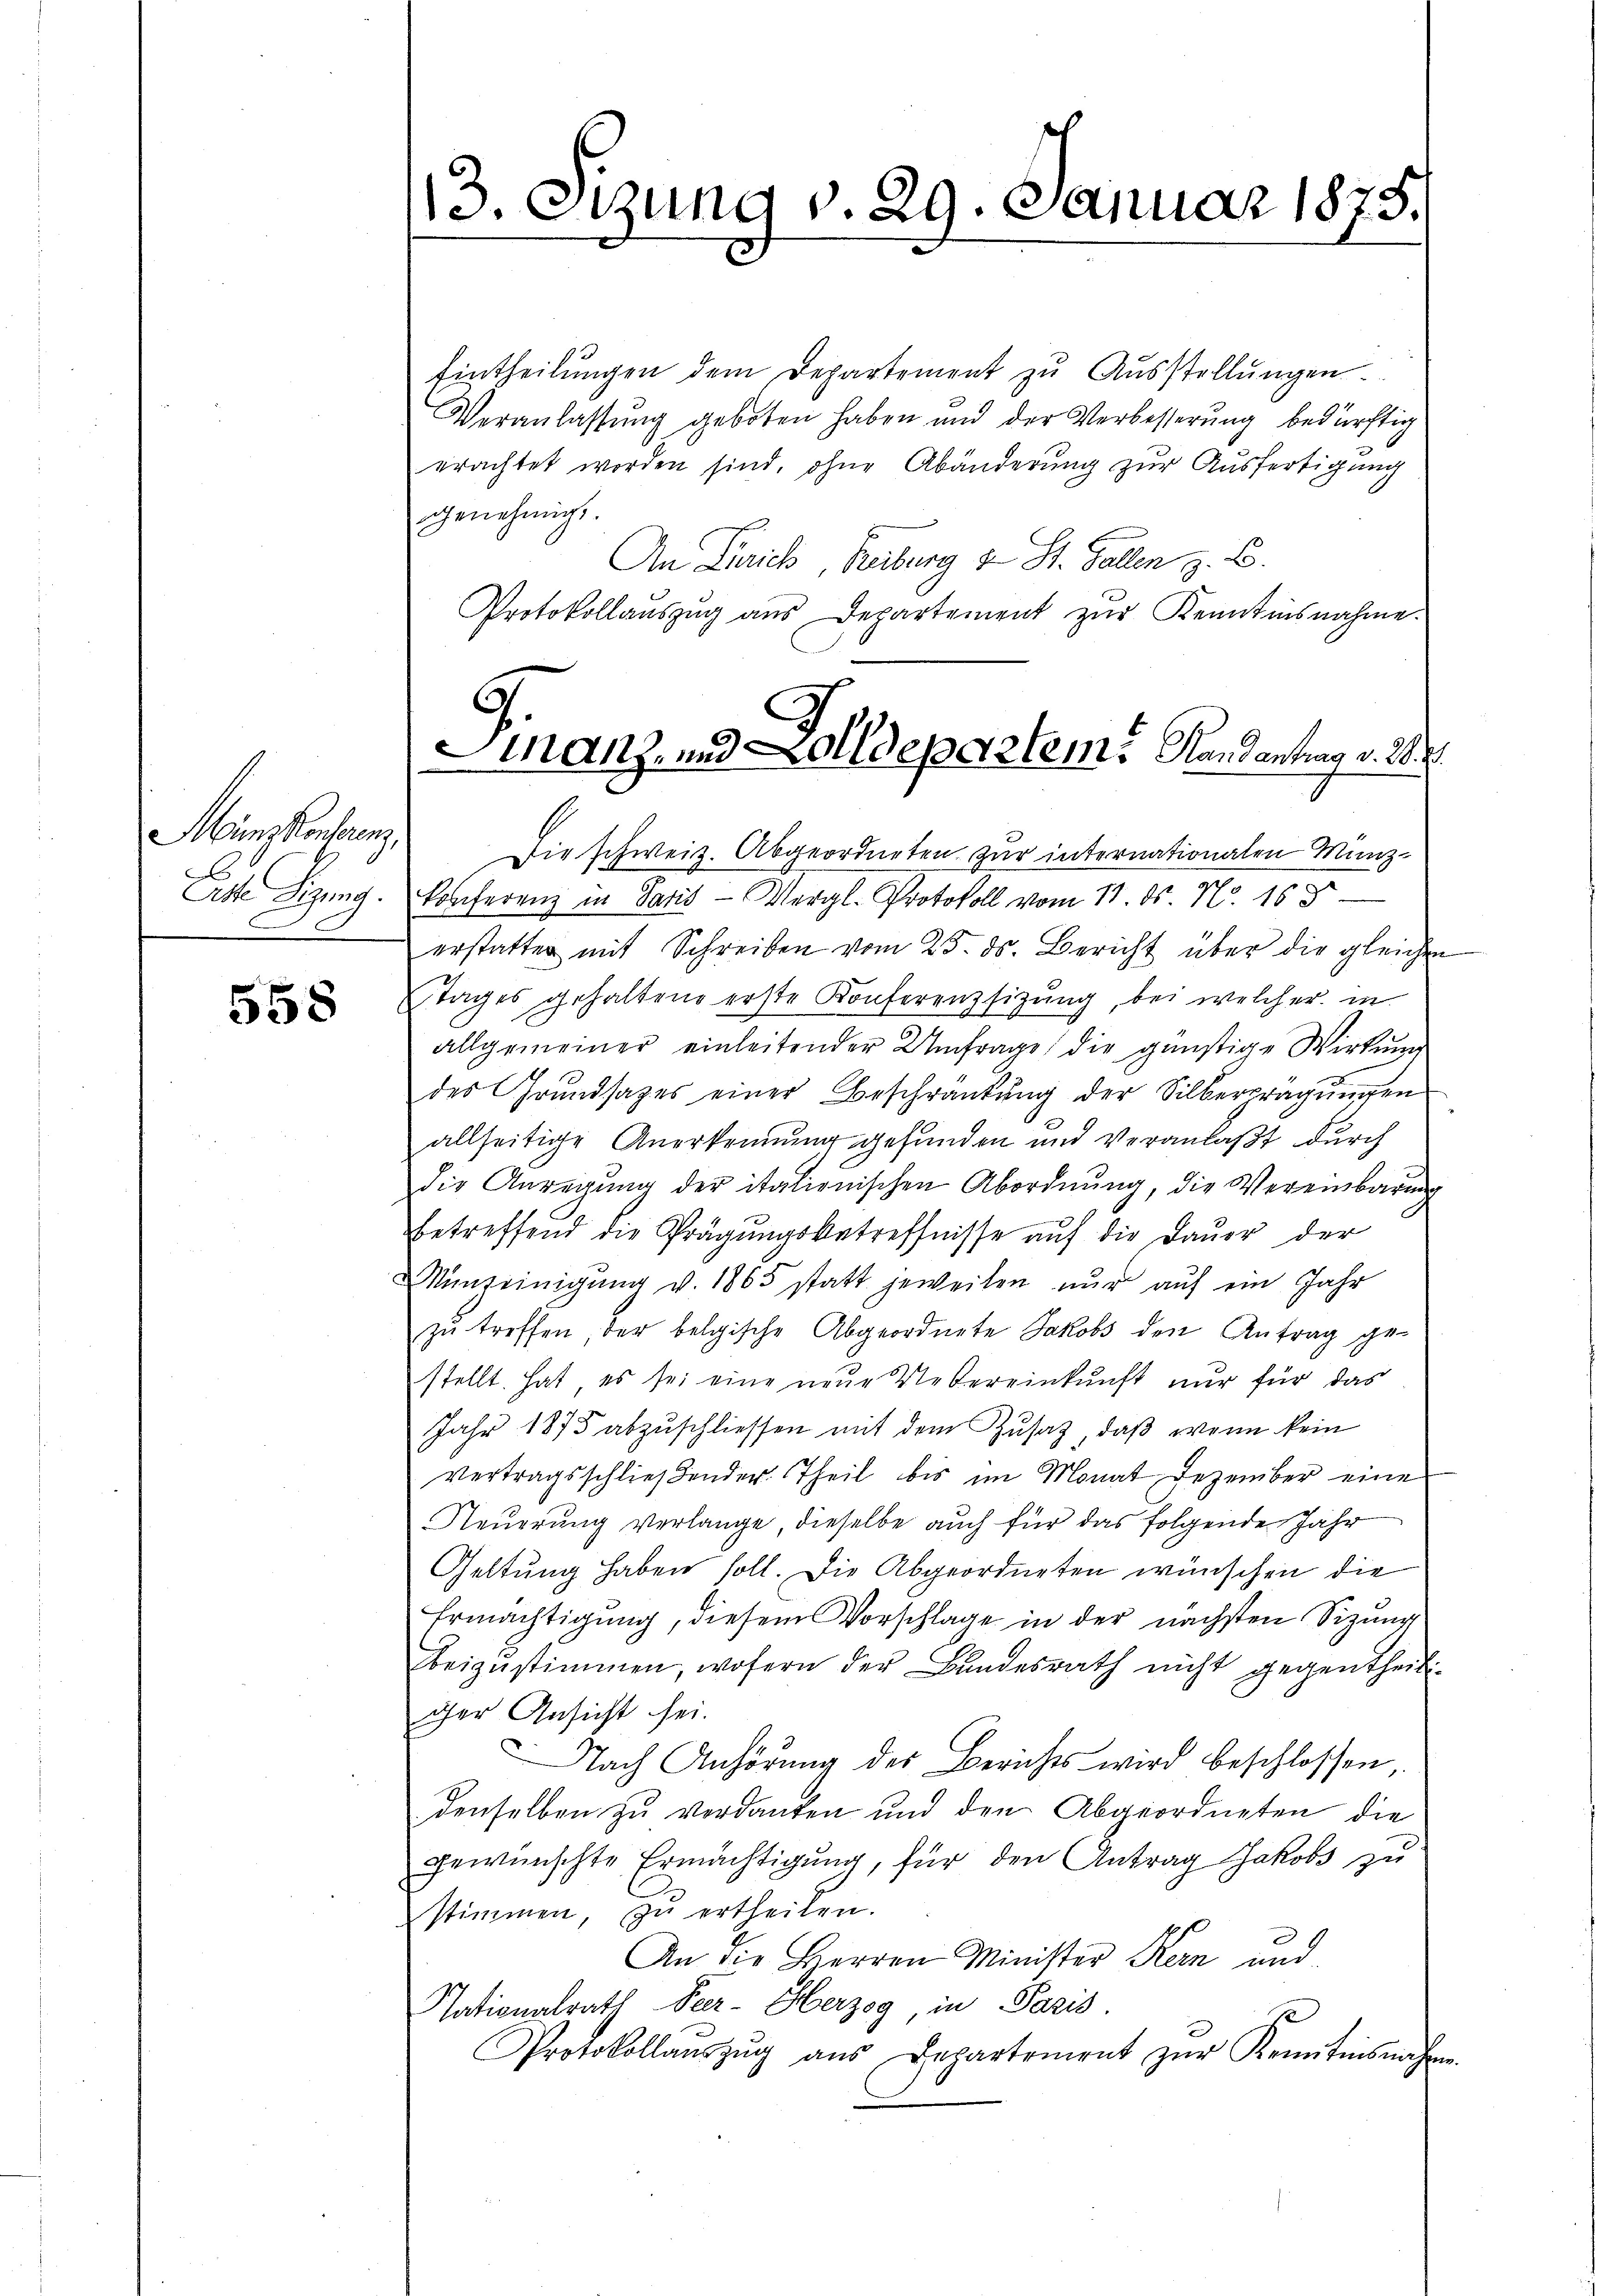
Münz Konferenz,
Latte Sitzung.

558

13. Otzung v. 29. Januar 1875.

Eintheilŭngen dem Departement zŭ Aŭsstellŭngen.
Veranlassŭng geboten haben und der Verbesserung bedürftig
erachtet worden sind, ohne Abänderung zur Ausfertigung
genehmigt.
An Zürich, Freiburg u St. Gallen z. B.
Protokollaŭszŭg aŭs Departement zŭr Kenntnisnahme.
Die schweiz. Abgeordneten zur internationalen Münzkonferenz in Paris - Vergl. Protokoll vom 11. ds. No. 168
erstatten mit Schreiben vom 25. ds. Bericht über die gleichen
tages gehaltend erste Konferenzsizung, bei welcher in
allgemeiner einleitender Umfrage, die günstige Wirkung
des Grundsazes einer Beschränkung der Silbertragungen
allseitige Anerkennung gefunden und veranlaßt durch
die Anregŭng der italienischen Abordnŭng, die Vereinbarŭng
betreffend die Prägŭngsbetreffnisse aŭf die Daŭer der
Minseinigŭng v. 1865 statt jeweilen nŭr aŭf ein Jahr
zŭ treffen, der belgische Abgeordnete Jakobs den Antrag gestellt. Hat es sei eine neue Uebereinkunft nur für das
Jahr 1875 abzuschliessen mit dem Zusatz, daß wenn kein
vertragsschließender Theil bis im Monat Dezember eine
Neuerung verlange dieselbe auch für das folgende Jahr
Geltung haben soll. Die Abgeordneten wünschen die
Ermächtigung, diesem Vorschlage in der nächsten Sizung
Beizŭstimmen, wofern der Bundesrath nicht gegentheili-
iher Ansicht sei.
Nach Anhörung des Berichts wird beschlossen
denselben zu verdanken und den Abgeordneten die
gewünschte Ermächtigung, für den Antrag Jakobs zu
stimmen zu ertheilen.
An die Herren Minister Kern und
Tationalrath Peer- Herzog, in Paris
Protokollaŭszŭg aŭs Departement zŭr Kenntnisnahm

Finanz, und Bolldepartem. Handeantrag v. 28. v.